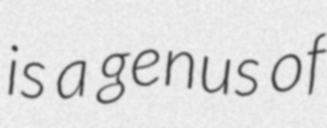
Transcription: is a genus of